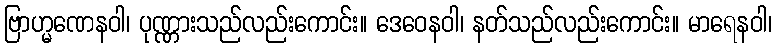
ဗြာဟ္မဏေနဝါ၊ ပုဏ္ဏားသည်လည်းကောင်း။ ဒေဝေနဝါ၊ နတ်သည်လည်းကောင်း။ မာရေနဝါ၊